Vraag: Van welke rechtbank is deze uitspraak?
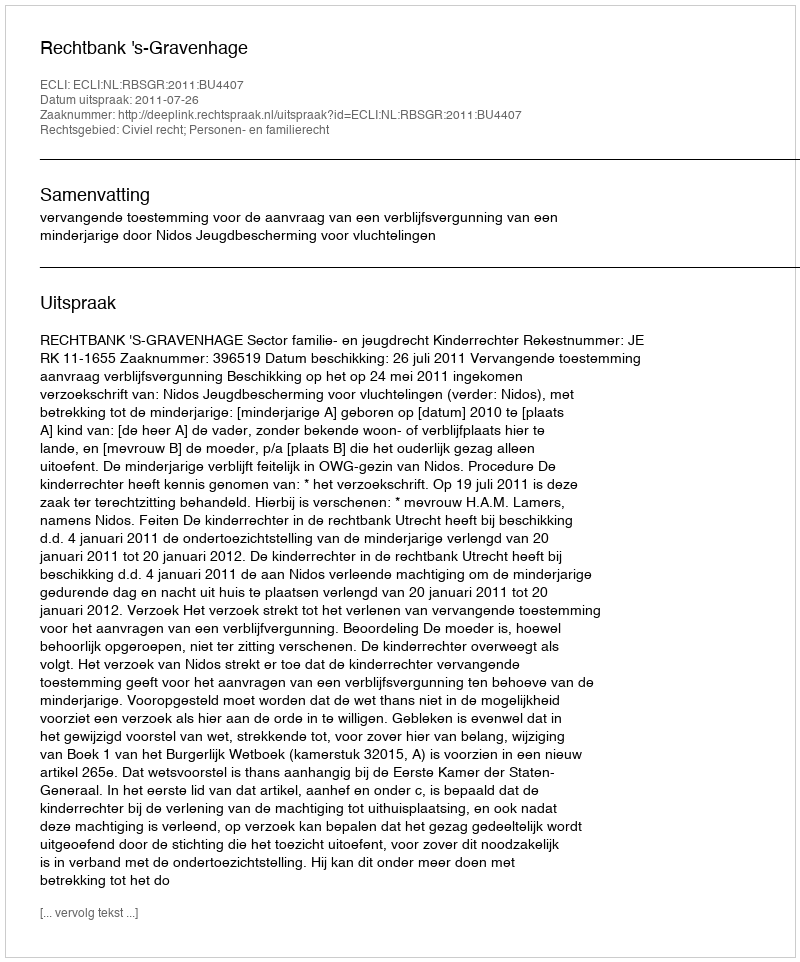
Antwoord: Rechtbank 's-Gravenhage